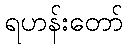
ရဟန်းတော်